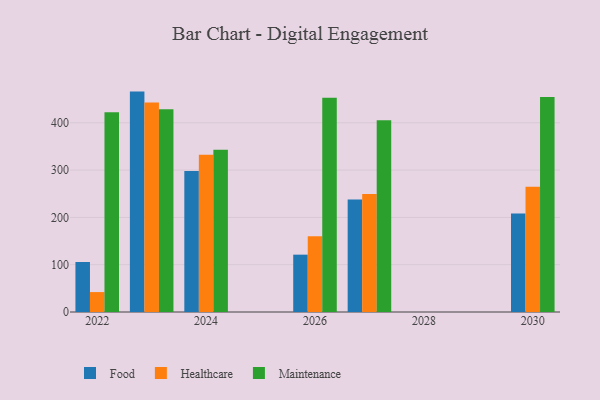
{"axis": {"x": "Year", "y": "Operating Costs (USD K)"}, "legend": ["Food", "Healthcare", "Maintenance"], "data": [{"x": "2030", "y": 208.1, "type": "Food"}, {"x": "2030", "y": 264.6, "type": "Healthcare"}, {"x": "2030", "y": 454.5, "type": "Maintenance"}, {"x": "2026", "y": 121.2, "type": "Food"}, {"x": "2026", "y": 160.0, "type": "Healthcare"}, {"x": "2026", "y": 452.7, "type": "Maintenance"}, {"x": "2023", "y": 465.9, "type": "Food"}, {"x": "2023", "y": 442.8, "type": "Healthcare"}, {"x": "2023", "y": 428.4, "type": "Maintenance"}, {"x": "2027", "y": 237.9, "type": "Food"}, {"x": "2027", "y": 249.4, "type": "Healthcare"}, {"x": "2027", "y": 405.1, "type": "Maintenance"}, {"x": "2022", "y": 105.7, "type": "Food"}, {"x": "2022", "y": 42.1, "type": "Healthcare"}, {"x": "2022", "y": 422.3, "type": "Maintenance"}, {"x": "2024", "y": 298.2, "type": "Food"}, {"x": "2024", "y": 332.6, "type": "Healthcare"}, {"x": "2024", "y": 342.9, "type": "Maintenance"}]}